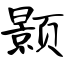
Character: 颢